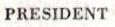
PRESIDENT